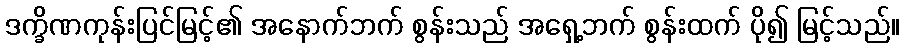
ဒက္ခိဏကုန်းပြင်မြင့်၏ အနောက်ဘက် စွန်းသည် အရှေ့ဘက် စွန်းထက် ပို၍ မြင့်သည်။